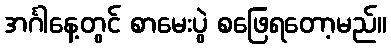
အင်္ဂါနေ့တွင် စာမေးပွဲ စဖြေရတော့မည်။